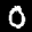
Label: 0